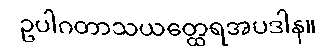
ဥပါဂတာသယတ္ထေရအပဒါန။